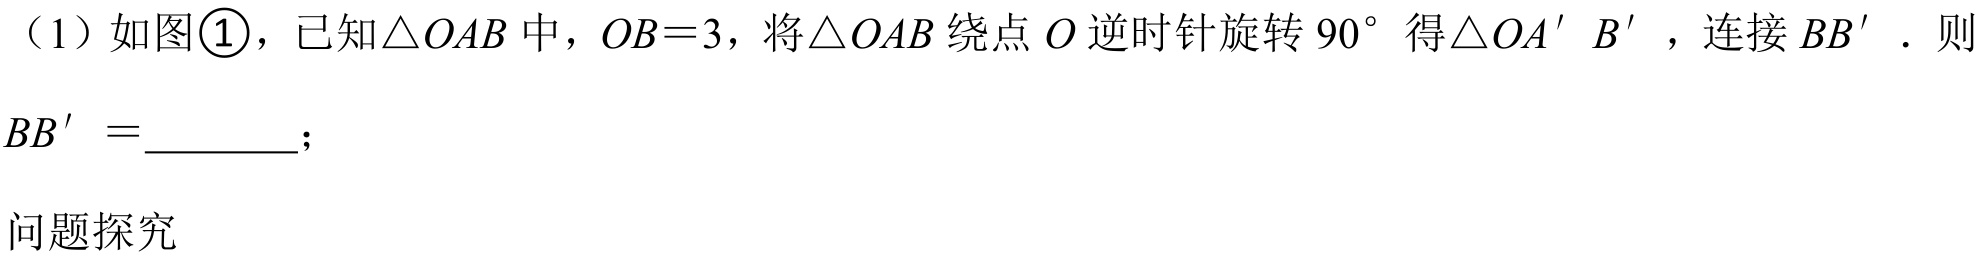
（1）如图\textcircled{1}，已知\(\triangle OAB\)中，\(OB = 3\)，将\(\triangle OAB\)绕点\(O\)逆时针旋转\(90^{\circ}\)得\(\triangle OA'B'\)，连接\(BB'\)．则\(BB'=\underline{\quad\quad}\)；

问题探究